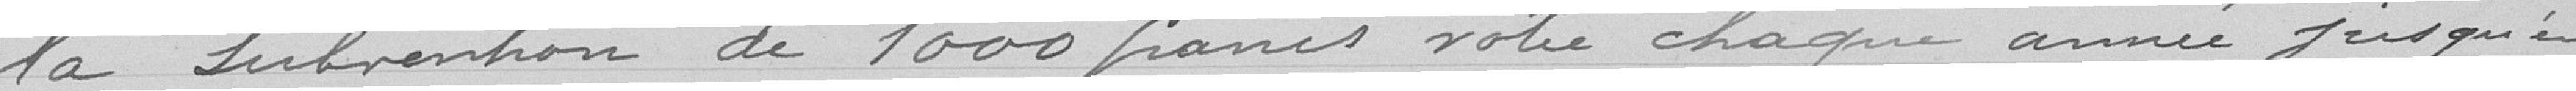
la subvention de 1000 francs votée chaque année jusqu'en